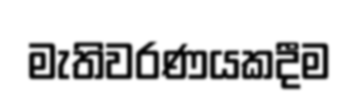
මැතිවරණයකදීම